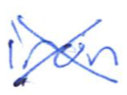
Text: iron
Cross-out: mix
Writing tool: ballpoint